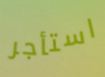
استأجر